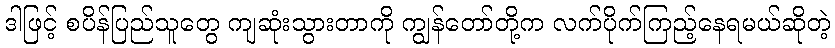
ဒါဖြင့် စပိန်ပြည်သူတွေ ကျဆုံးသွားတာကို ကျွန်တော်တို့က လက်ပိုက်ကြည့်နေရမယ်ဆိုတဲ့